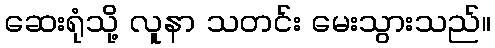
ဆေးရုံသို့ လူနာ သတင်း မေးသွားသည်။